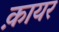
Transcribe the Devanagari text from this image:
क़ायर